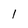
Character: l